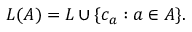
L ( A ) = L \cup \{ c _ { a } : a \in A \} .